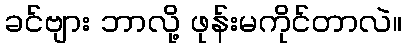
ခင်ဗျား ဘာလို့ ဖုန်းမကိုင်တာလဲ။